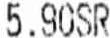
5.90SR